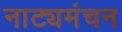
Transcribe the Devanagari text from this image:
नाट्यमंचन